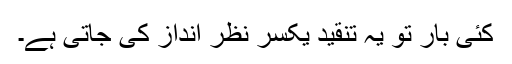
کئی بار تو یہ تنقید یکسر نظر انداز کی جاتی ہے۔